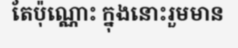
តែប៉ុណ្ណោះ ក្នុងនោះរួមមាន